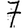
Digit: 7